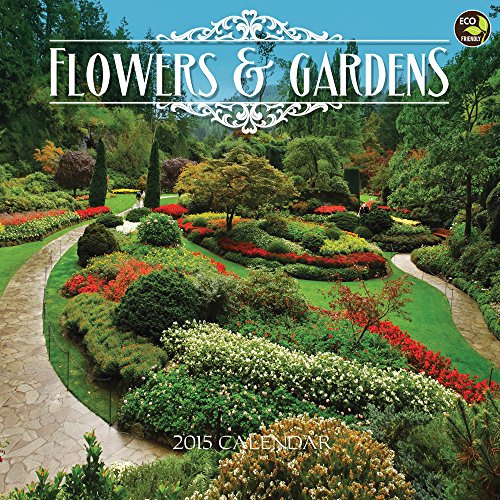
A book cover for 2015 Flowers & Gardens Wall Calendar; TF PUBLISHING; Calendars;